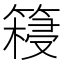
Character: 𮅺